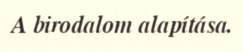
A birodalom alapítása.